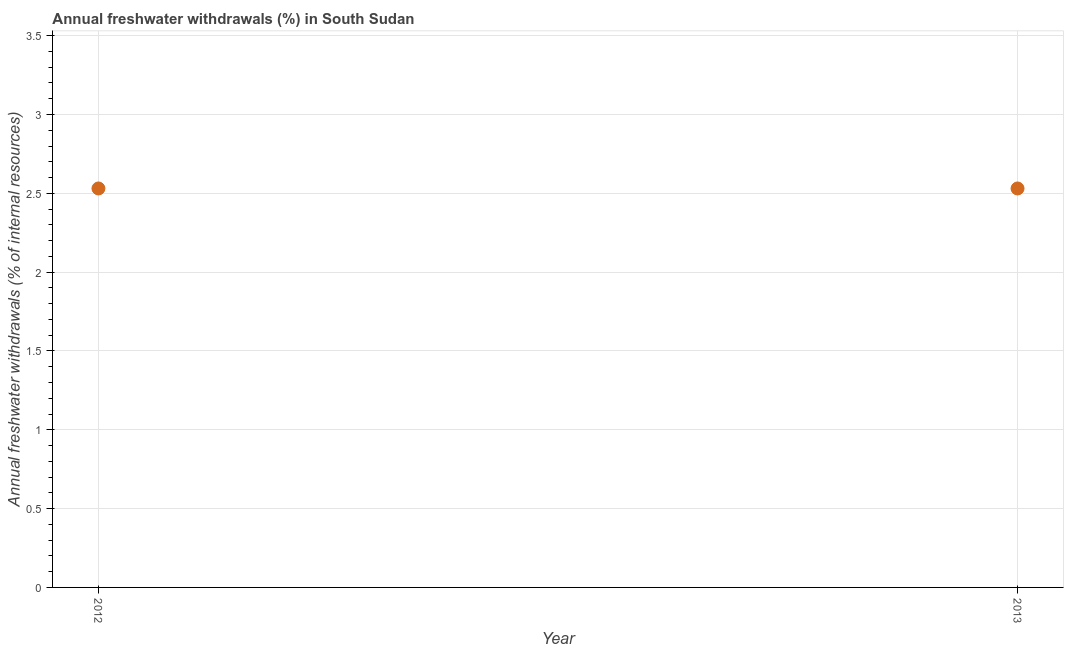
| Year | Annual freshwater withdrawals |
 | --- | --- |
 | 2012 | 2.53 |
 | 2013 | 2.53 |